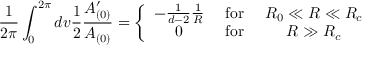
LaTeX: \frac { 1 } { 2 \pi } \int _ { 0 } ^ { 2 \pi } d v \frac { 1 } { 2 } \frac { A _ { ( 0 ) } ^ { \prime } } { A _ { ( 0 ) } } = \left\{ \begin{array} { c c c } { { - \frac { 1 } { d - 2 } \frac { 1 } { R } } } & { { \mathrm { ~ f o r ~ } } } & { { R _ { 0 } \ll R \ll R _ { c } } } \\ { { 0 } } & { { \mathrm { ~ f o r ~ } } } & { { R \gg R _ { c } } } \end{array} \right.